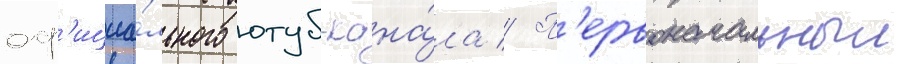
оф'ициа́льного ютуб-кана́ла // П'ервоначальныи